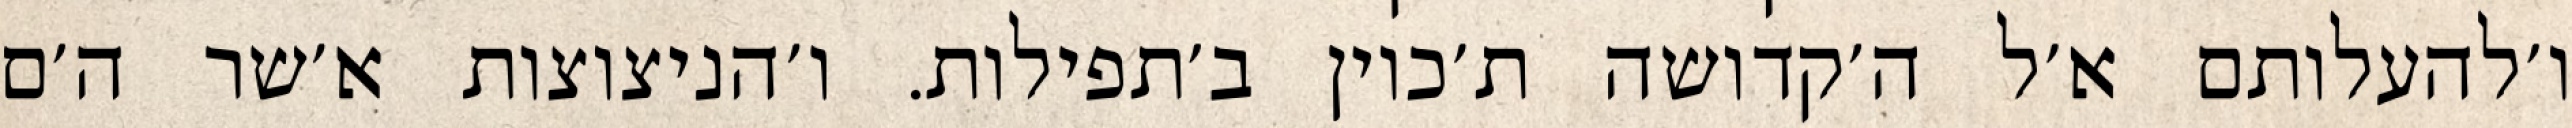
ו׳להעלותם א׳ל ה׳קדושה ת׳כוין ב׳תפילות. ו׳הניצוצות א׳שר ה׳ם